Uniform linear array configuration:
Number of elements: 4
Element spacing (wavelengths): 0.25
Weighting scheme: cosine
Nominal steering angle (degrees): -45
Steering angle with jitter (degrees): -43.887
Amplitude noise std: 0.05
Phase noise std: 0.05

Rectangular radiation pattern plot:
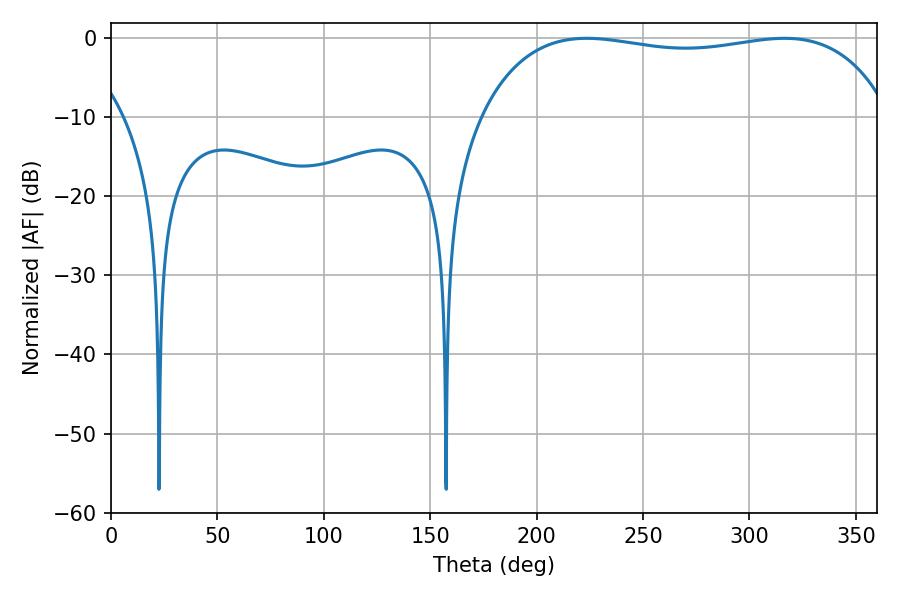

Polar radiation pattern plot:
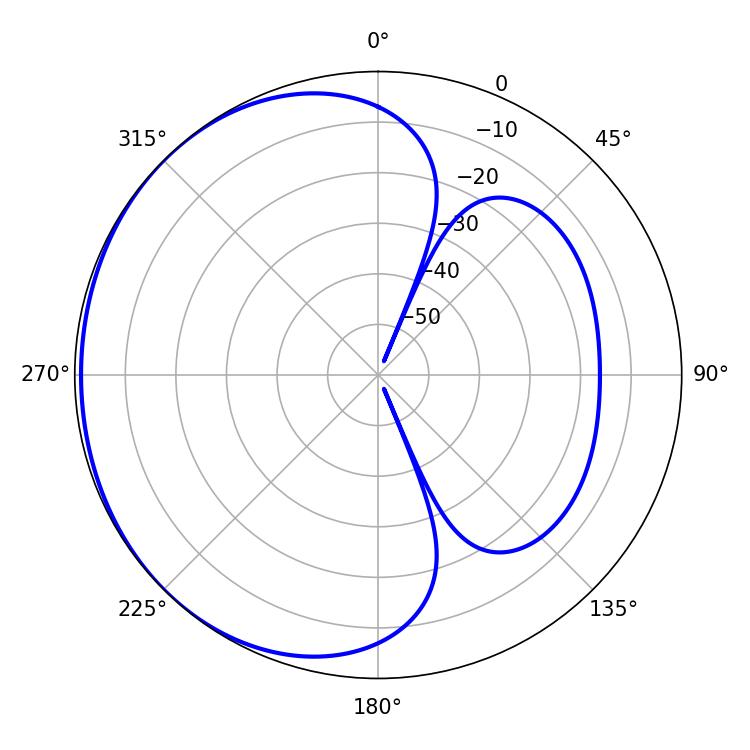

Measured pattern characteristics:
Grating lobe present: FALSE
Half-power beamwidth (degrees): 155.16
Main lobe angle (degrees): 223.56